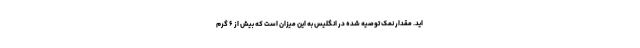
اید. مقدار نمک توصیه شده در انگلیس به این میزان است که بیش از ۶ گرم